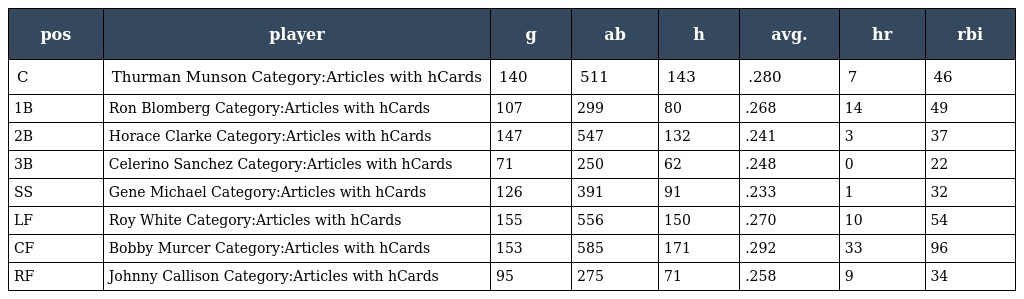
| pos | player | g | ab | h | avg. | hr | rbi |
 | --- | --- | --- | --- | --- | --- | --- | --- |
 | C | Thurman Munson Category:Articles with hCards | 140 | 511 | 143 | .280 | 7 | 46 |
 | 1B | Ron Blomberg Category:Articles with hCards | 107 | 299 | 80 | .268 | 14 | 49 |
 | 2B | Horace Clarke Category:Articles with hCards | 147 | 547 | 132 | .241 | 3 | 37 |
 | 3B | Celerino Sanchez Category:Articles with hCards | 71 | 250 | 62 | .248 | 0 | 22 |
 | SS | Gene Michael Category:Articles with hCards | 126 | 391 | 91 | .233 | 1 | 32 |
 | LF | Roy White Category:Articles with hCards | 155 | 556 | 150 | .270 | 10 | 54 |
 | CF | Bobby Murcer Category:Articles with hCards | 153 | 585 | 171 | .292 | 33 | 96 |
 | RF | Johnny Callison Category:Articles with hCards | 95 | 275 | 71 | .258 | 9 | 34 |